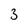
Character: 3